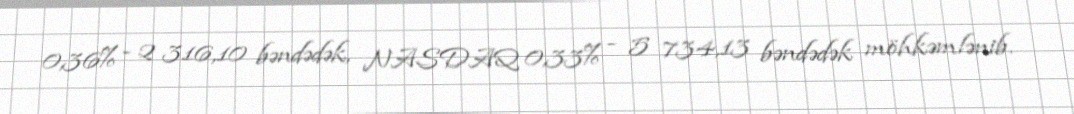
0,36% - 2 316,10 bəndədək, NASDAQ 0,33% - 5 734,13 bəndədək möhkəmlənib.